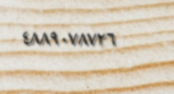
٤٨٨٩٠٧٨٧٢٦